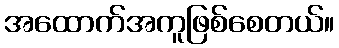
အထောက်အကူဖြစ်စေတယ်။